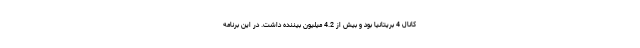
کانال 4 بریتانیا بود و بیش از 4.2 میلیون بیننده داشت. در این برنامه